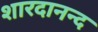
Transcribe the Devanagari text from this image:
शारदानन्द